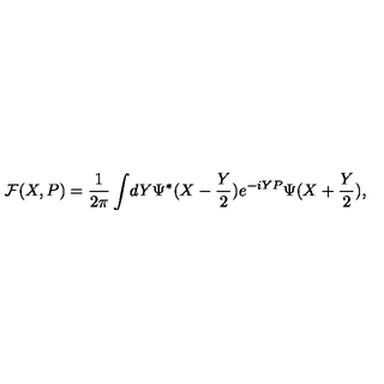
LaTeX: { \cal F } ( X , P ) = { \frac { 1 } { 2 \pi } } \int \! d Y \Psi ^ { * } ( X - { \frac { Y } { 2 } } ) e ^ { - i Y P } \Psi ( X + { \frac { Y } { 2 } } ) ,